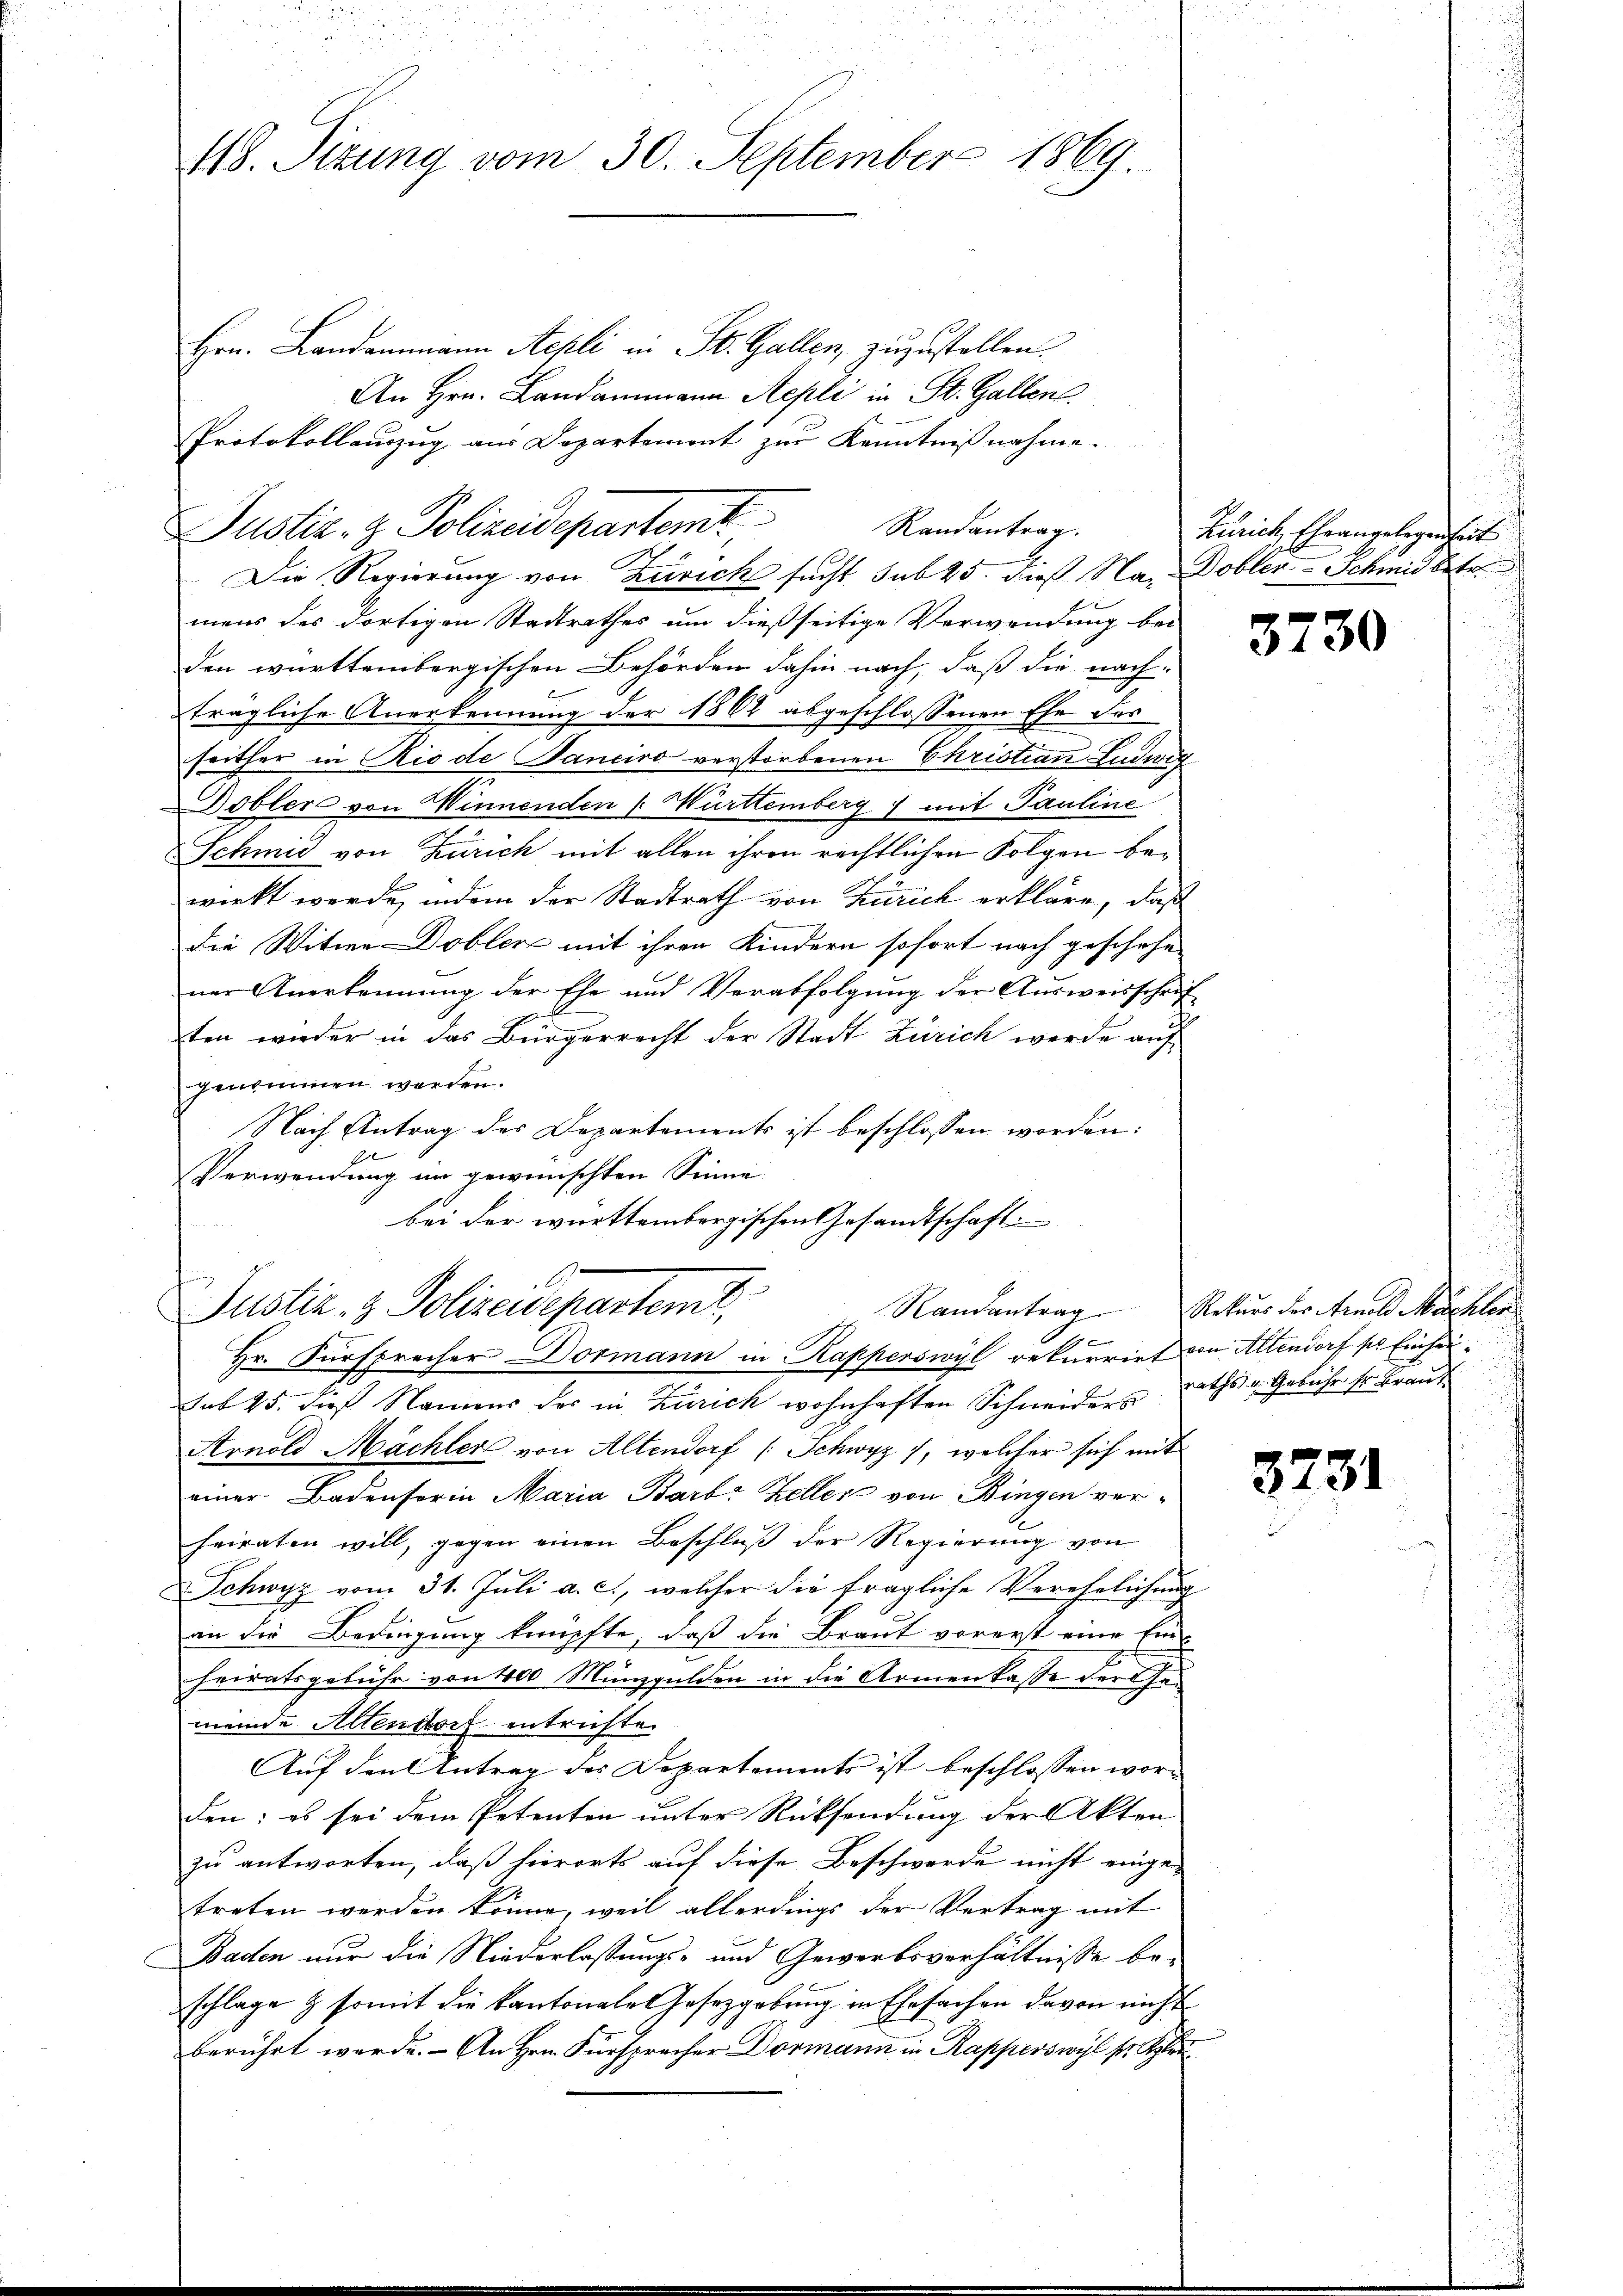
48. Sitzung vom 30. September 1869

Hrn. Landammann Aepli in St. Gallen, zuzustellen.
An Hrn. Landammann Aepli in St. Gallen
Protokollauszug aus Departement zur Kenntnißnahme.
Die Regierung von Zürich sucht sub 25. Dieß Na, Dobler-Schmid betr
mens des dortigen Stadtrathes um dießseitige Verwendung bei
den württembergischen Behörden dahin nach, daß die nachträgliche Anerkennung der 1862 abgeschlossenen Ehe des
seither in Rio de Sancivo verstorbenen Christian Ludwig
Dobler von Winnenden Württemberg mit Pauline
Schmid von Zürich mit allen ihren rechtlichen Folgen bewirkt werde, indem der Stadtrath von Zürich erkläre, daß
die Witwe Dobler mit ihren Kindern sofort nach geschehe
ner Anerkennung der Ehe und Verabfolgung der Ausweisschrif
ten wieder in das Bürgerrecht der Stadt Zürich werde auf
genommen werden.
Nach Antrag des Departements ist beschlossen worden:
20
Verwendung im gewünschten Sinne
bei der württembergischen Gesandtschaft
b
Justiz- & Polizeidepartemt
17
Hr. Fürsprecher Dormann in Kapperswyl rekurrirt von Altendorf per Einhei¬
Sub 25. dieß Namens des in Zürich wohnhaften Schneiders Raths v. Geruhe sr. Braut
Arnold Mächler von Altendorf (Schwyz, welcher sich mit
einer Badenserin Maria Barb: Zeller von Bingen ver-
heiraten will, gegen einen Beschluß der Regierung von
Schwyz vom 31. Juli a. c., welcher die fragliche Verehelichung
an die Bedingung knüpfte, daß die Braut vorerst eine Ein-
heiratsgebühr von 400 Münzgulden in die Armenkasse der Gemeinde Altendorf entrichte.
Auf den Antrag des Departements ist beschlossen worden; es sei dem Petenten unter Rücksendung der Akten
zu antworten, daß hierorts auf diese Beschwerde nicht einge-
treten werden könne, weil allerdings der Vertrag mit
Baden nur die Niederlassungs- und Gewerbsverhältnisse beschlage & somit die kantonale Gesetzgebung in Ehesachen davon nicht
berührt werde. - An Hrn. Fürsprecher Dormann in Rapperswyl s.

Justiz- & Polizeidepartemt

Randantrag.

Zürich, Eheangelegenheit
s

3730

Randantrag Rekurs der Arnold Machter

3731